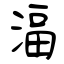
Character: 湢